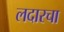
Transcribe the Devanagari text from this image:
लदारचा